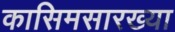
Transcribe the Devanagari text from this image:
कासिमसारख्या